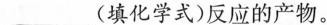
___(填化学式)反应的产物。